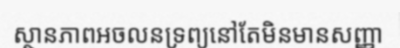
ស្ថានភាពអចលនទ្រព្យនៅតែមិនមានសញ្ញា